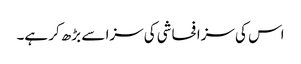
اس کی سزا فحاشی کی سزا سے بڑھ کر ہے۔